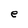
Character: e